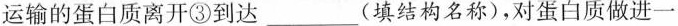
运输的蛋白质离开③到达___(填结构名称)，对蛋白质做进一